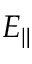
E _ { \| }